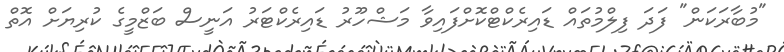
"މުބާރަކަން" ފަދަ ފިލްމުތައް ޑައިރެކްޓްކޮށްފައިވާ މަޝްހޫރު ޑައިރެކްޓަރު އަނީސް ބަޒްމީގެ ކުރިޔަށް އޮތް